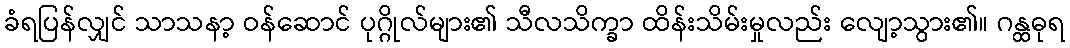
ခံရပြန်လျှင် သာသနာ့ ဝန်ဆောင် ပုဂ္ဂိုလ်များ၏ သီလသိက္ခာ ထိန်းသိမ်းမှုလည်း လျော့သွား၏။ ဂန္ထဓုရ